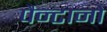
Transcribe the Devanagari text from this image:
पैन्टानो